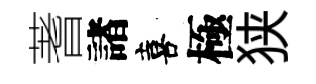
蓍諸喜極狭